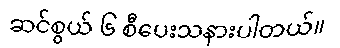
ဆင်စွယ် ၆ စီပေးသနားပါတယ်။